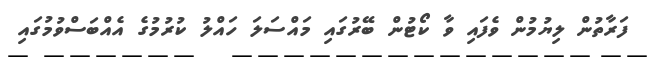
ފަރާތުން ލިޔުމުން ވެފައި ވާ ކޯޓުން ބޭރުގައި މައްސަލަ ހައްލު ކުރުމުގެ އެއްބަސްވުމުގައި